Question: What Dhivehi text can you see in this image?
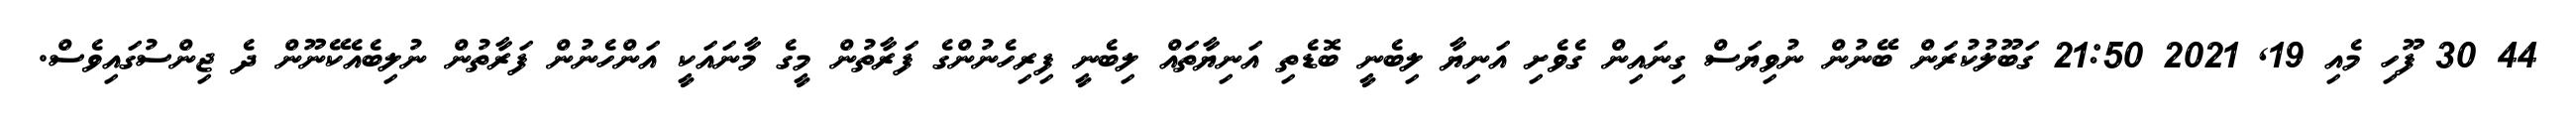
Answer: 44 30 ފޫހި މެއި 19, 2021 21:50 ގަބޫލުކުރަން ބޭނުން ނުވިޔަސް ގިނައިން ގެވެށި އަނިޔާ ލިބެނީ ބޮޑެތި އަނިޔާތައް ލިބެނީ ފިރިހެނުންގެ ފަރާތުން މީގެ މާނައަކީ އަންހެނުން ފަރާތުން ނުލިބެއެކޭނޫން ދެ ޖިންސުގައިވެސް.